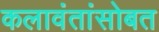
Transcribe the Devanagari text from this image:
कलावंतांसोबत